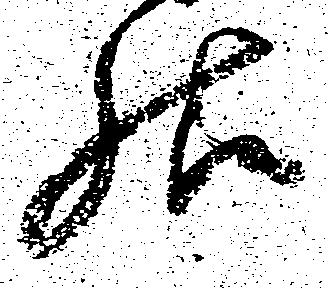
様